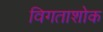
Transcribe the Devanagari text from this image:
विगताशोक